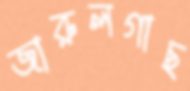
জারুলগাছ